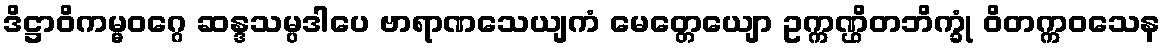
ဒိဋ္ဌာဝိကမ္မဝဂ္ဂေ ဆန္ဒသမ္ပဒါပေ ဗာရာဏသေယျကံ မေတ္တေယျော ဥက္ကဏ္ဌိတဘိက္ခုံ ဝိတက္ကဝသေန